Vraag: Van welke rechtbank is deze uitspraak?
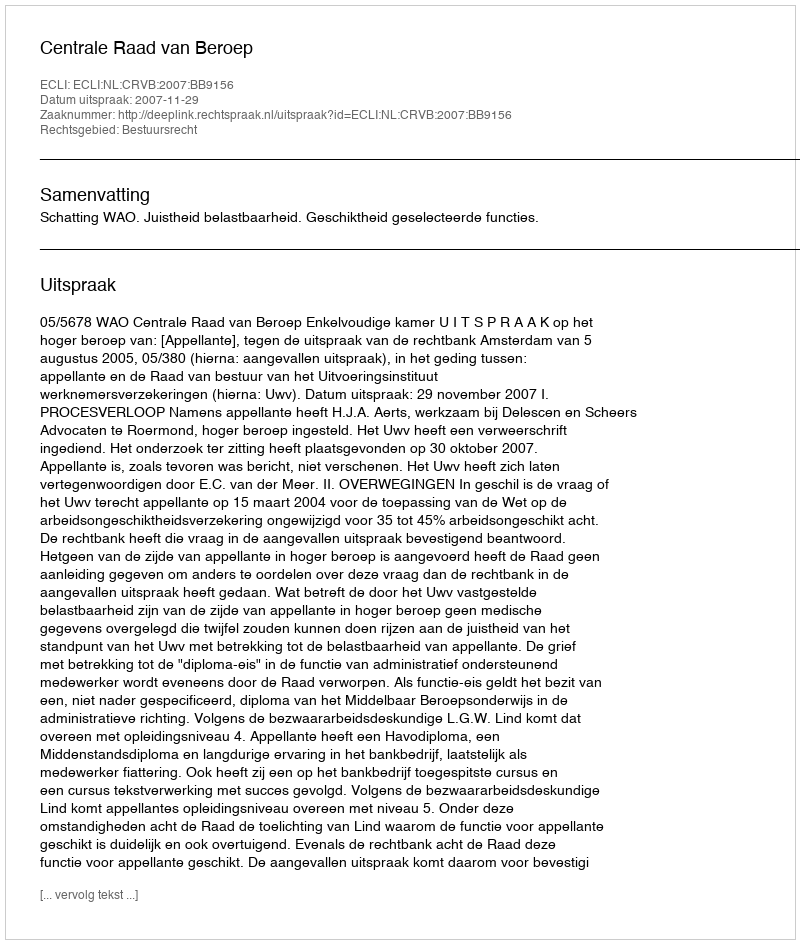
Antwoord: Centrale Raad van Beroep